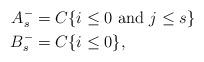
LaTeX: \begin{align*}A_s^- &= C \{ i \leq 0 \textup{ and } j \leq s\} \\B_s^- &= C \{ i \leq 0\},\end{align*}